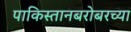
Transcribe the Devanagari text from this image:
पाकिस्तानबरोबरच्या